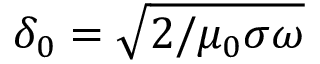
\delta _ { 0 } = \sqrt { 2 / \mu _ { 0 } \sigma \omega }